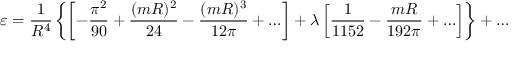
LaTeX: \varepsilon = \frac { 1 } { R ^ { 4 } } \left\{ \left[ - \frac { \pi ^ { 2 } } { 9 0 } + \frac { ( m R ) ^ { 2 } } { 2 4 } - \frac { ( m R ) ^ { 3 } } { 1 2 \pi } + \ldots \right] + \lambda \left[ \frac { 1 } { 1 1 5 2 } - \frac { m R } { 1 9 2 \pi } + \ldots \right] \right\} + \ldots